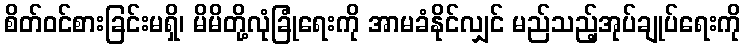
စိတ်ဝင်စားခြင်းမရှိ၊ မိမိတို့လုံခြုံရေးကို အာမခံနိုင်လျှင် မည်သည့်အုပ်ချုပ်ရေးကို